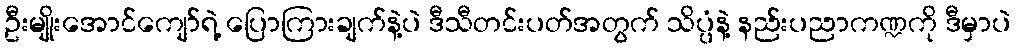
ဦးမျိုးအောင်ကျော်ရဲ့ ပြောကြားချက်နဲ့ပဲ ဒီသီတင်းပတ်အတွက် သိပ္ပံနဲ့ နည်းပညာကဏ္ဍကို ဒီမှာပဲ